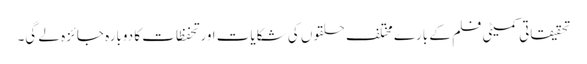
تحقیقاتی کمیٹی فلم کے بارے مختلف حلقوں کی شکایات اور تحفظات کا دوبارہ جائزہ لے گی۔